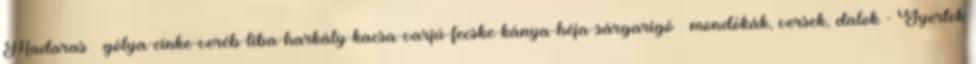
Madaras – gólya-cinke-veréb-liba-harkály-kacsa-varjú-fecske-kánya-héja-sárgarigó – mondókák, versek, dalok - Gyertek